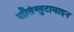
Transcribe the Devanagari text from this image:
पॉलिग्लुटामाइन